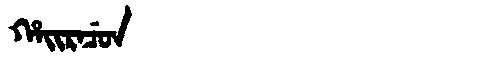
Manchu: ᡥᠠᡳᡵᠠᠴᡠᠨ
Romanization: HAIRACUN